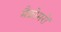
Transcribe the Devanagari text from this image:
मैक्रोमरों